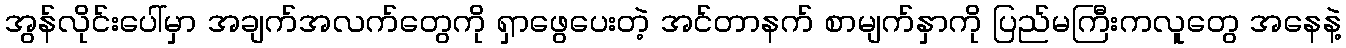
အွန်လိုင်းပေါ်မှာ အချက်အလက်တွေကို ရှာဖွေပေးတဲ့ အင်တာနက် စာမျက်နှာကို ပြည်မကြီးကလူတွေ အနေနဲ့